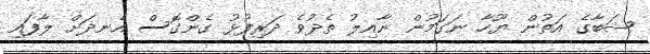
ޝަބާގެ އަތުން ޔޫހާ ނަގަމުން ނާއިލު ތެދުވެ ދަރިފުޅު ގެންގޮސް އެނދަށް ލާފައި